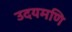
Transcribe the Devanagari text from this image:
उदयमणि